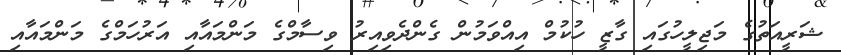
ޝަރީއަތުގެ މަޖިލީހުގައި ގާޒީ ހުކުމް އިއްވަމުން ގެންދެވިއިރު ވިސާމްގެ މަންމައާއި އަރުހަމްގެ މަންމައާއި